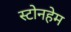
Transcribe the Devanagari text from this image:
स्टोनहेम